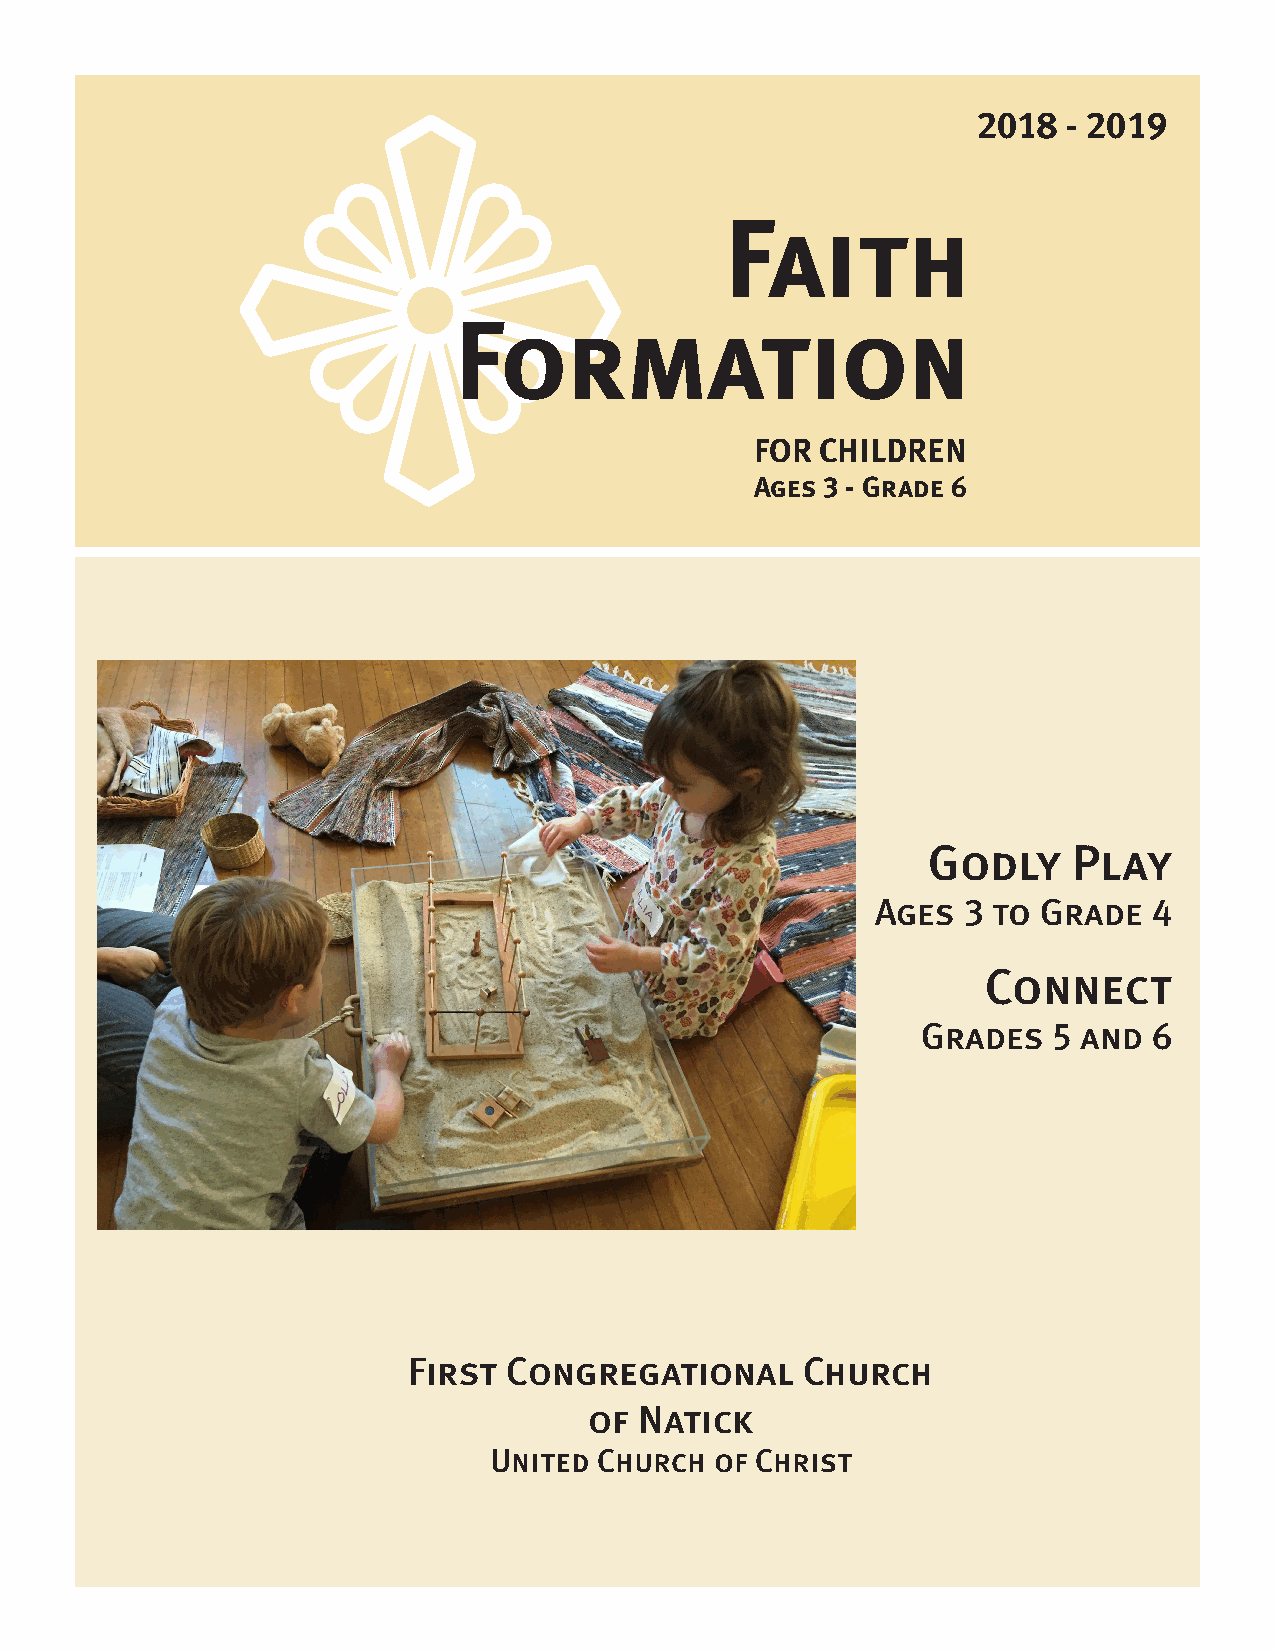
2018  - 2019
 Faith
 Formation
 FOR CHILDREN
 Ages 3 - Grade 6
 Godly     Play
 Ages  3 to Grade  4
 Connect
 Grades   5 and 6
 First  Congregational     Church
 of Natick
 United  Church of Christ